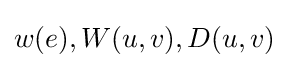
w(e),W(u,v),D(u,v)